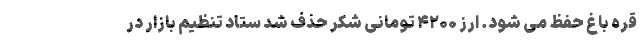
قره باغ حفظ می شود. ارز ۴۲۰۰ تومانی شکر حذف شد ستاد تنظیم بازار در